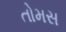
તોમસ